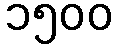
၁၅၀၀